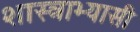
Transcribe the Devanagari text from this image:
शास्त्राभ्यासी